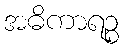
အဓိကာရဉ္စ